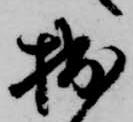
拙